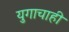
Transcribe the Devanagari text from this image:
युगाचाही